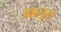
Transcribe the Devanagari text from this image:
त्राब्लुस